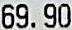
69.90